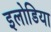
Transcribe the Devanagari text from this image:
इलोडिया